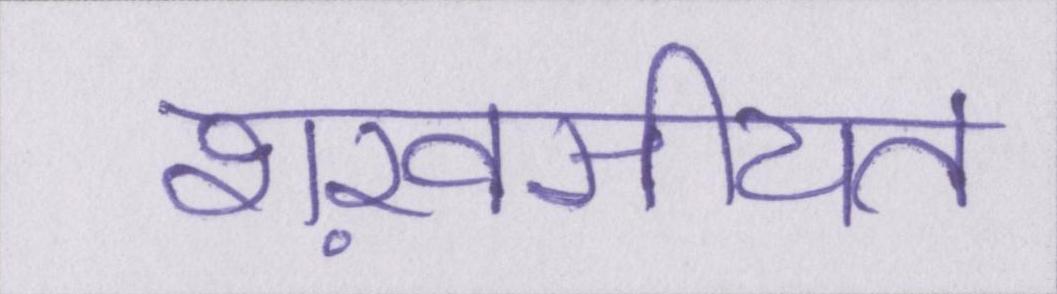
शख़सीयत